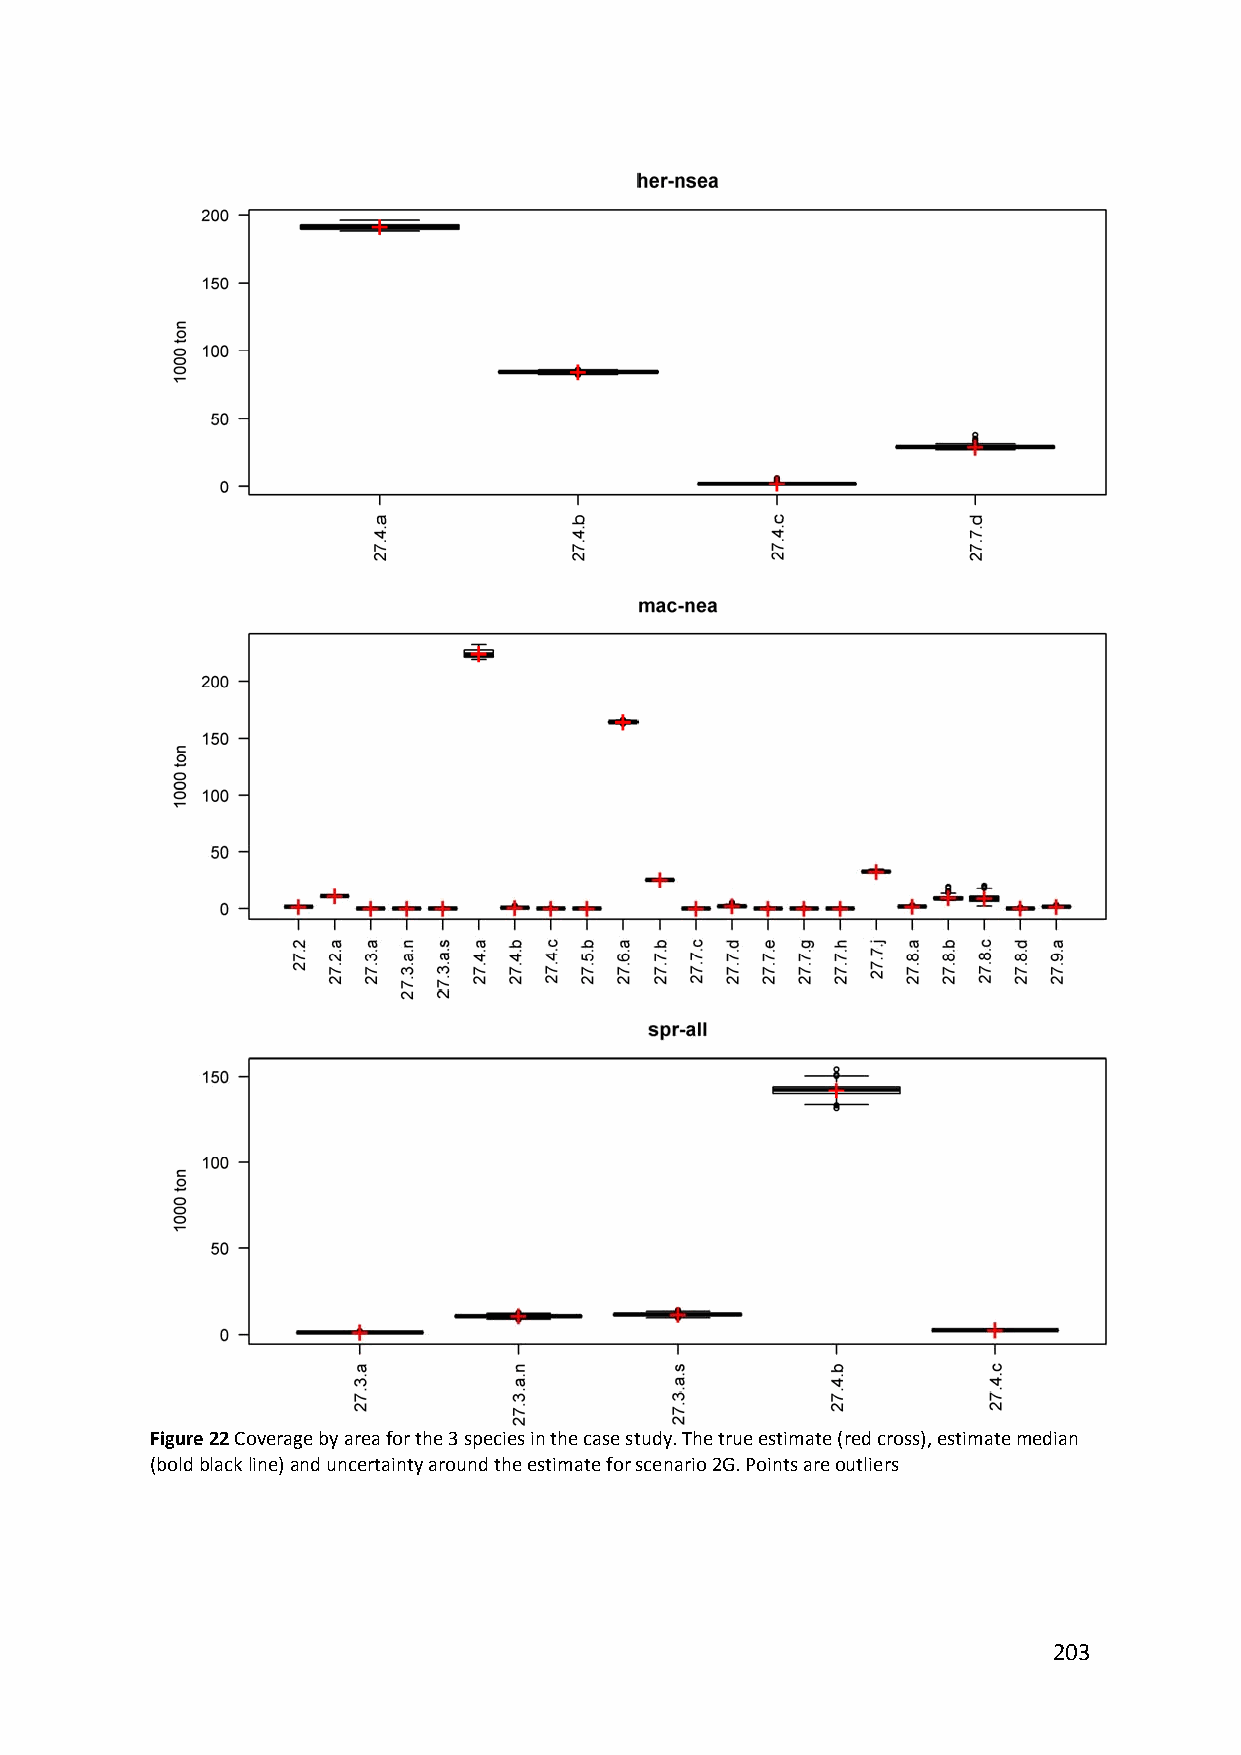
Figure 22 Coverage by area for the 3 species in the case study. The true estimate (red cross), estimate median
 (bold black line) and uncertainty around the estimate for scenario 2G. Points are outliers
 203